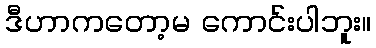
ဒီဟာကတော့မ ကောင်းပါဘူး။